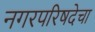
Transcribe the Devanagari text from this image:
नगरपरिषदेचा